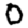
Digit: 0